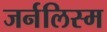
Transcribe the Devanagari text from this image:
जर्नलिस्म